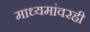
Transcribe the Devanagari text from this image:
माध्यमांवरही